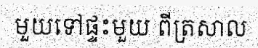
មួយទៅផ្ទះមួយ ពីត្រសាល